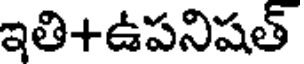
ఇతి+ఉపనిషత్